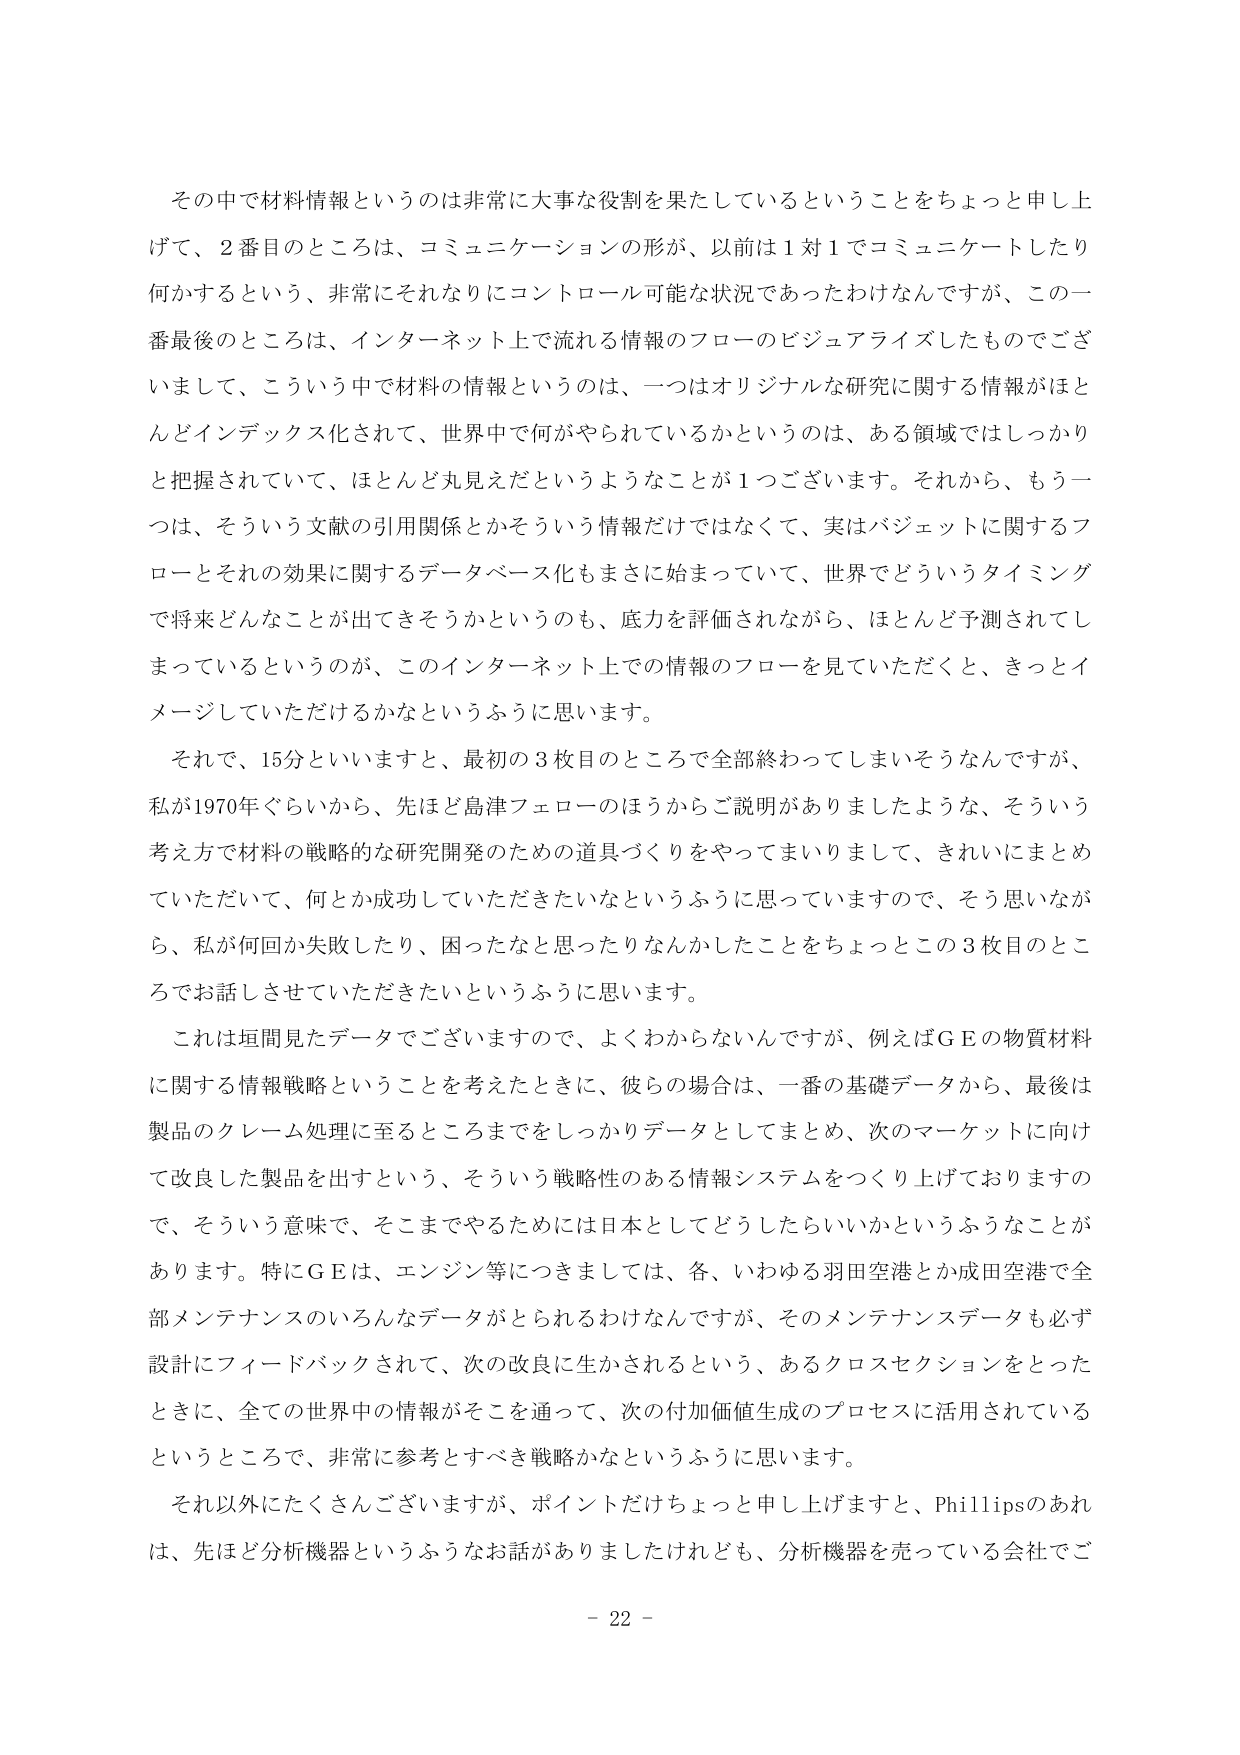
その中で材料情報というのは非常に大事な役割を果たしているということをちょっと申し上げて、2番目のところは、コミュニケーションの形が、以前は1対1でコミュニケートしたり何かするという、非常にそれなりにコントロール可能な状況であったわけなんですが、この一番最後のところは、インターネット上で流れる情報のフローのビジュアライズしたものでございまして、こういう中で材料の情報というのは、一つはオリジナルな研究に関する情報がほとんどインデックス化されて、世界中で何がやられているかというのは、ある領域ではしっかりと把握されていて、ほとんど丸見えだというようなことが1つございます。それから、もう一つは、そういう文献の引用関係とかそういう情報だけではなくて、実はバジェットに関するフローとそれの効果に関するデータベース化もまさに始まっていて、世界でどういうタイミングで将来どんなことが出てきそうかというのも、底力を評価されながら、ほとんど予測されてしまっているというのが、このインターネット上での情報のフローを見ていただくと、きっとイメージしていただけるかなというふうに思います。

それで、15分といいますと、最初の3枚目のところで全部終わってしまいそうなんですが、私が1970年ぐらいから、先ほど島津フェローのほうからご説明がありましたような、そういう考え方で材料の戦略的な研究開発のための道具づくりをやってまいりまして、きれいにまとめていただいて、何とか成功していただきたいなというふうに思っていますので、そう思いながら、私が何回か失敗したり、困ったなと思ったりなんかしたことをちょっとこの3枚目のところでお話しさせていただきたいというふうに思います。

これは垣間見たデータでございますので、よくわからないんですが、例えばＧＥの物質材料に関する情報戦略ということを考えたときに、彼らの場合は、一番の基礎データから、最後は製品のクレーム処理に至るところまでをしっかりデータとしてまとめ、次のマーケットに向けて改良した製品を出すという、そういう戦略性のある情報システムをつくり上げておりますので、そういう意味で、そこまでやるために日本としてどうしたらいいかというふうなことがあります。特にＧＥは、エンジン等につきましては、各、いわゆる羽田空港とか成田空港で全部メンテナンスのいろんなデータがとられるわけなんですが、そのメンテナンスデータも必ず設計にフィードバックされて、次の改良に生かされるという、あるクロスセクションをとったときに、全ての世界中の情報がそこを通って、次の付加価値生成のプロセスに活用されているというところで、非常に参考とすべき戦略かなというふうに思います。

それ以外にたくさんございますが、ポイントだけちょっと申し上げますと、Phillipsのあれは、先ほど分析機器というふうなお話がありましたけれども、分析機器を売っている会社でご

- 22 -